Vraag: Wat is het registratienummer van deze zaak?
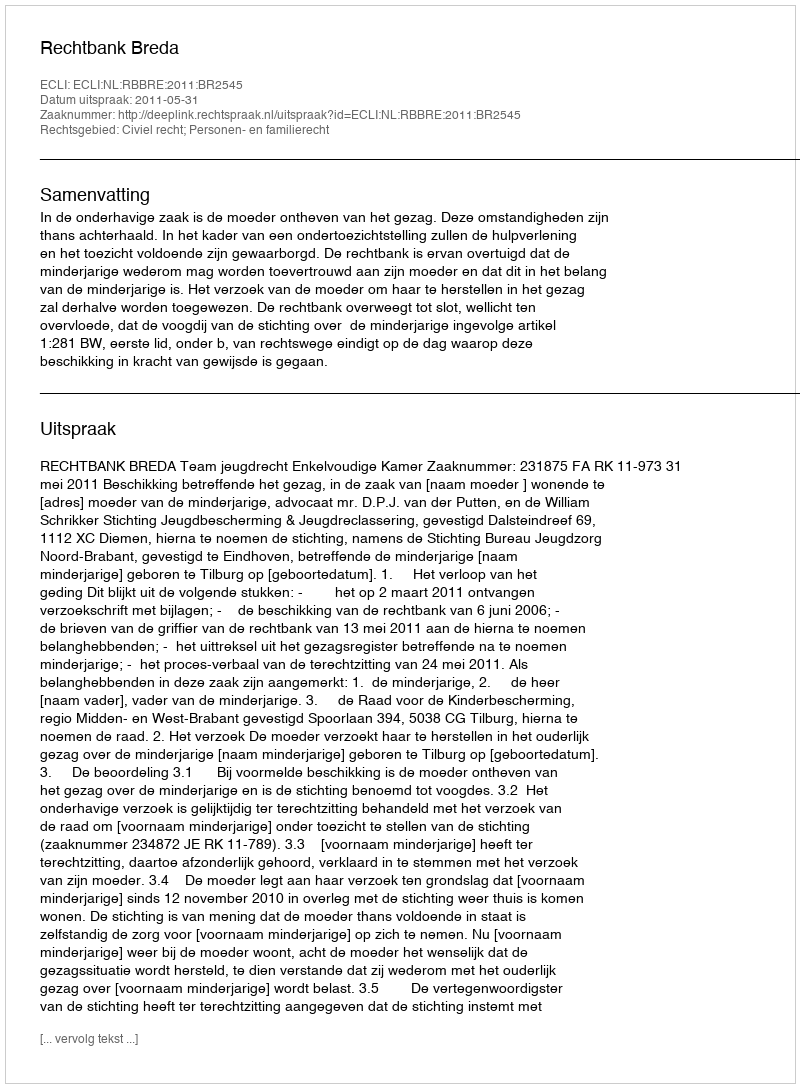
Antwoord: http://deeplink.rechtspraak.nl/uitspraak?id=ECLI:NL:RBBRE:2011:BR2545